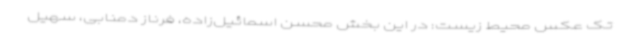
تک عکس محیط زیست: در این بخش محسن اسمائیل‌زاده، فرناز دمنابی، سهیل